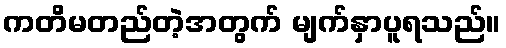
ကတိမတည်တဲ့အတွက် မျက်နှာပူရသည်။